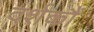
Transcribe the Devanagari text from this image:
दर्शकौं